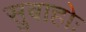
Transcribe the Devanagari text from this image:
सुबाहोः